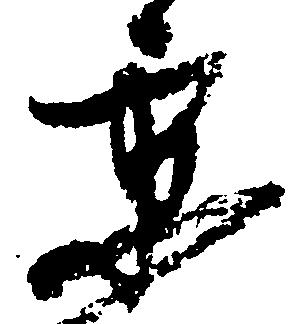
京